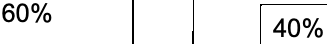
60% 40%